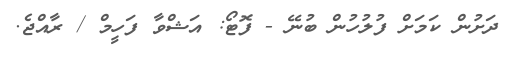
ދަށުން ކަމަށް ފުލުހުން ބުނޭ - ފޮޓޯ: އަޝްވާ ފަހީމް / ރާއްޖެ.